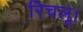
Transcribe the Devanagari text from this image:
रिचलू।